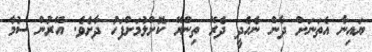
ޔައިނާ އެތަނަށް ދާން ނެހެދީ ދެރޭ ތިންރޭ ކޮށްލުމަށްފަހު ދާށެވެ. އޭރުން ސުމާ